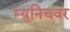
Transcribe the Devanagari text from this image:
म्युनिचवर